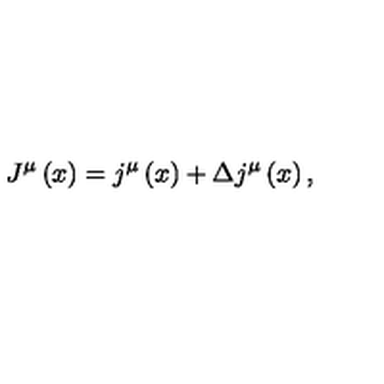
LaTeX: J ^ { \mu } \left( x \right) = j ^ { \mu } \left( x \right) + \Delta j ^ { \mu } \left( x \right) ,